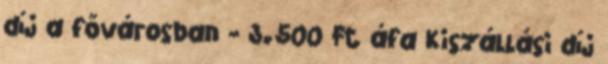
díj a fővárosban - 3.500 Ft áfa Kiszállási díj